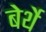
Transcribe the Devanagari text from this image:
बेर्थे